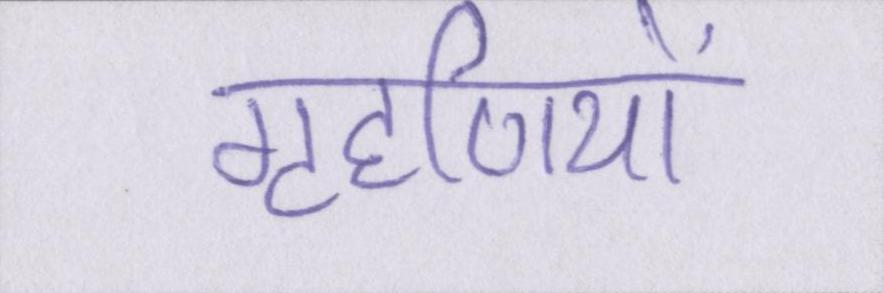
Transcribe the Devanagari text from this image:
गृहणियों